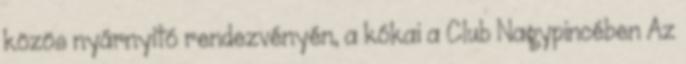
közös nyárnyitó rendezvényén, a kókai a Club Nagypincében Az